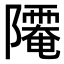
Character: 𨽅